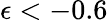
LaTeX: \epsilon<-0.6